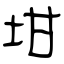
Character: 坩